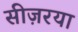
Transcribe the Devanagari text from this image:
सीज़रया